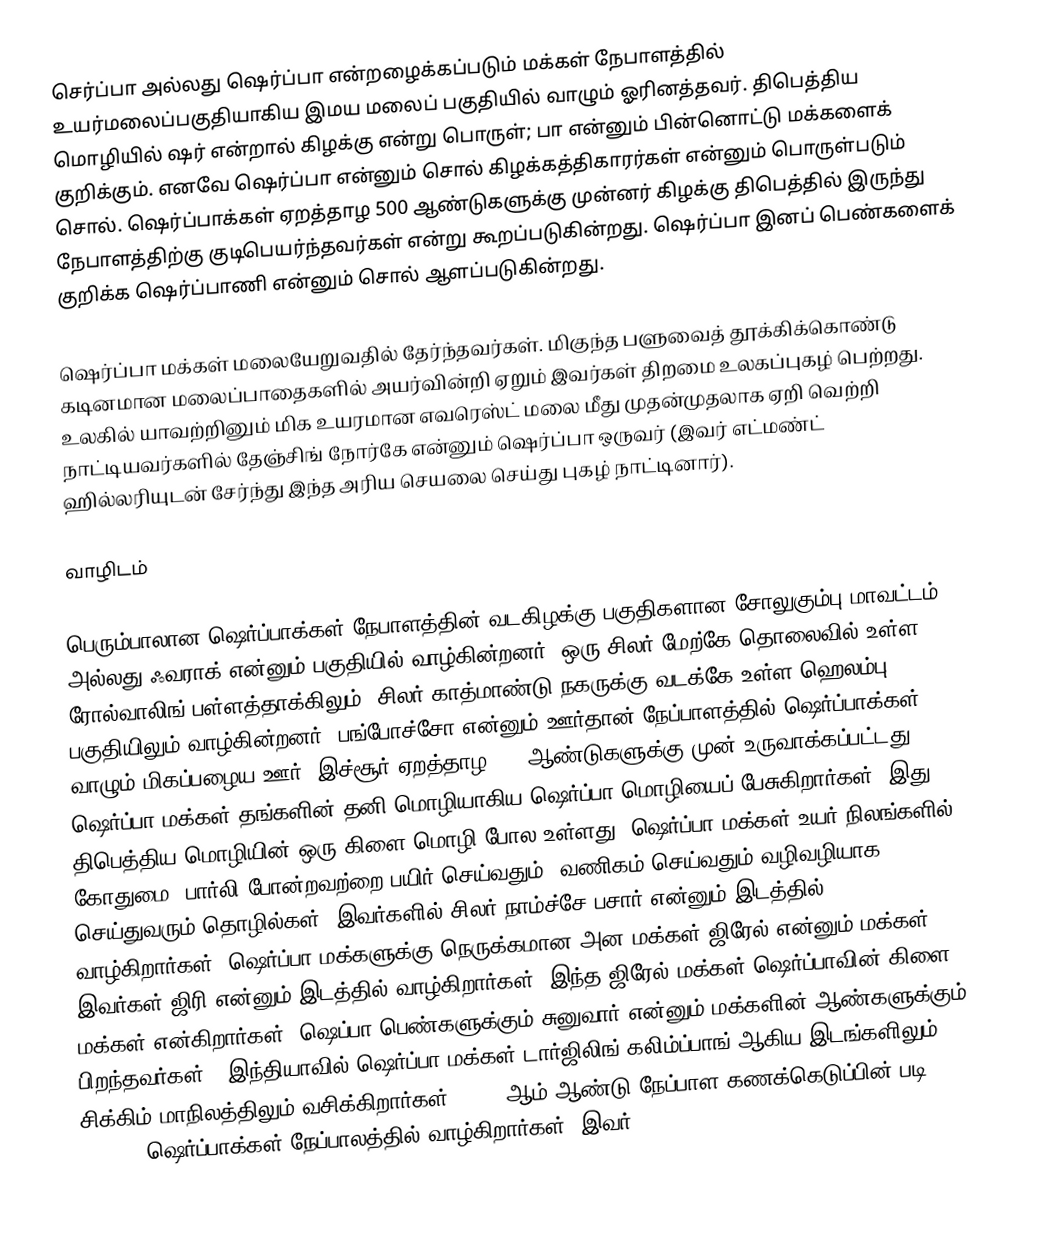
செர்ப்பா அல்லது ஷெர்ப்பா என்றழைக்கப்படும் மக்கள் நேபாளத்தில் உயர்மலைப்பகுதியாகிய இமய மலைப் பகுதியில் வாழும் ஓரினத்தவர். திபெத்திய மொழியில் ஷர் என்றால் கிழக்கு என்று பொருள்; பா என்னும் பின்னொட்டு மக்களைக் குறிக்கும். எனவே ஷெர்ப்பா என்னும் சொல் கிழக்கத்திகாரர்கள் என்னும் பொருள்படும் சொல். ஷெர்ப்பாக்கள் ஏறத்தாழ 500 ஆண்டுகளுக்கு முன்னர் கிழக்கு திபெத்தில் இருந்து நேபாளத்திற்கு குடிபெயர்ந்தவர்கள் என்று கூறப்படுகின்றது. ஷெர்ப்பா இனப் பெண்களைக் குறிக்க ஷெர்ப்பாணி என்னும் சொல் ஆளப்படுகின்றது.

ஷெர்ப்பா மக்கள் மலையேறுவதில் தேர்ந்தவர்கள். மிகுந்த பளுவைத் தூக்கிக்கொண்டு கடினமான மலைப்பாதைகளில் அயர்வின்றி ஏறும் இவர்கள் திறமை உலகப்புகழ் பெற்றது. உலகில் யாவற்றினும் மிக உயரமான எவரெஸ்ட் மலை மீது முதன்முதலாக ஏறி வெற்றி நாட்டியவர்களில் தேஞ்சிங் நோர்கே என்னும் ஷெர்ப்பா ஒருவர் (இவர் எட்மண்ட் ஹில்லரியுடன் சேர்ந்து இந்த அரிய செயலை செய்து புகழ் நாட்டினார்).

வாழிடம்

பெரும்பாலான ஷெர்ப்பாக்கள் நேபாளத்தின் வடகிழக்கு பகுதிகளான சோலுகும்பு மாவட்டம் அல்லது ஃவராக் என்னும் பகுதியில் வாழ்கின்றனர். ஒரு சிலர் மேற்கே தொலைவில் உள்ள ரோல்வாலிங் பள்ளத்தாக்கிலும், சிலர் காத்மாண்டு நகருக்கு வடக்கே உள்ள ஹெலம்பு பகுதியிலும் வாழ்கின்றனர். பங்போச்சோ என்னும் ஊர்தான் நேப்பாளத்தில் ஷெர்ப்பாக்கள் வாழும் மிகப்பழைய ஊர். இச்சூர் ஏறத்தாழ 300 ஆண்டுகளுக்கு முன் உருவாக்கப்பட்டது. ஷெர்ப்பா மக்கள் தங்களின் தனி மொழியாகிய ஷெர்ப்பா மொழியைப் பேசுகிறார்கள். இது திபெத்திய மொழியின் ஒரு கிளை மொழி போல உள்ளது. ஷெர்ப்பா மக்கள் உயர் நிலங்களில் கோதுமை, பார்லி போன்றவற்றை பயிர் செய்வதும், வணிகம் செய்வதும் வழிவழியாக செய்துவரும் தொழில்கள். இவர்களில் சிலர் நாம்ச்சே பசார் என்னும் இடத்தில் வாழ்கிறார்கள். ஷெர்ப்பா மக்களுக்கு நெருக்கமான அன மக்கள் ஜிரேல் என்னும் மக்கள். இவர்கள் ஜிரி என்னும் இடத்தில் வாழ்கிறார்கள். இந்த ஜிரேல் மக்கள் ஷெர்ப்பாவின் கிளை மக்கள் என்கிறார்கள் (ஷெப்பா பெண்களுக்கும் சுனுவார் என்னும் மக்களின் ஆண்களுக்கும் பிறந்தவர்கள்). இந்தியாவில் ஷெர்ப்பா மக்கள் டார்ஜிலிங் கலிம்ப்பாங் ஆகிய இடங்களிலும் சிக்கிம் மாநிலத்திலும் வசிக்கிறார்கள். 2001 ஆம் ஆண்டு நேப்பாள கணக்கெடுப்பின் படி 154,622 ஷெர்ப்பாக்கள் நேப்பாலத்தில் வாழ்கிறார்கள். இவர்